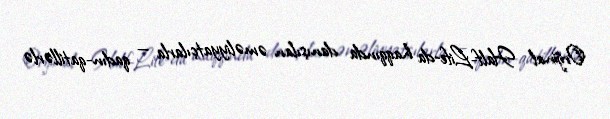
Orijinal Half-Life-da haqqında danışılan əməliyyatçılarla — qadın-qatillərlə